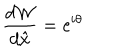
LaTeX: { \frac { d { \cal W } } { d \hat { x } } } = \mathrm { e } ^ { i \theta }